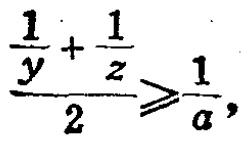
\frac{\frac{1}{y}+\frac{1}{z}}{2}\geqslant\frac{1}{a},